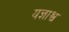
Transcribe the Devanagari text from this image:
यज्ञाश्व